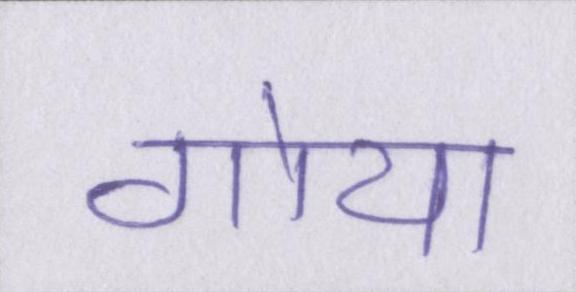
गोया